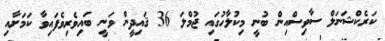
ކަރެކްޝަނަލް ސާވިސްއިން ބުނީ މިކުލާހުގައި ޖުމްލަ 36 ޤައިދީން ވަނީ ބައިވެރިވެފައިވާ ކަމަށާއި